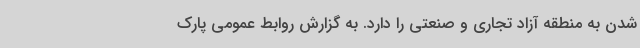
شدن به منطقه آزاد تجاری و صنعتی را دارد. به گزارش روابط عمومی پارک